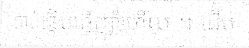
ចាប់ផ្តើមធ្វើញ៉ាំហើយ ។ ដើម